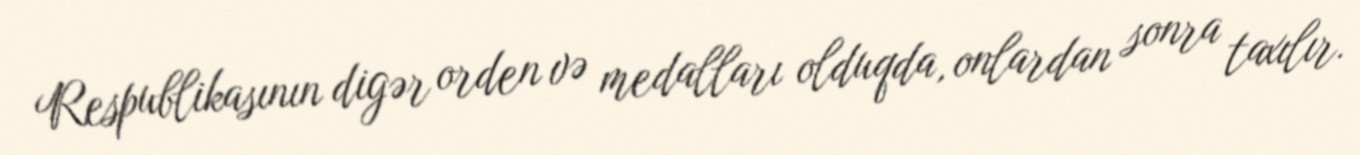
Respublikasının digər orden və medalları olduqda, onlardan sonra taxılır.